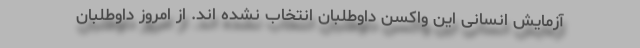
آزمایش انسانی این واکسن داوطلبان انتخاب نشده اند. از امروز داوطلبان